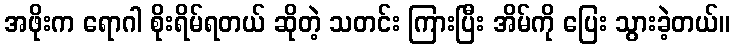
အဖိုးက ရောဂါ စိုးရိမ်ရတယ် ဆိုတဲ့ သတင်း ကြားပြီး အိမ်ကို ပြေး သွားခဲ့တယ်။